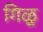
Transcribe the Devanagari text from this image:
गिळू